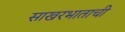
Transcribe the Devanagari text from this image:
साखरभाताची